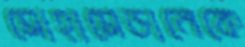
মোহামেডানেকে